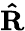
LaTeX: \boldsymbol{\hat{\mathrm{R}}}